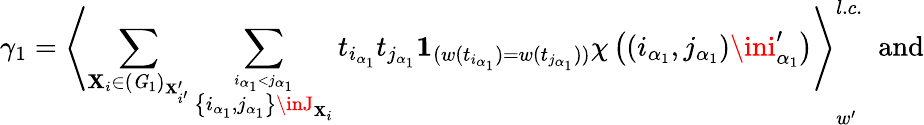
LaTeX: \gamma_{1}=\left\langle\sum_{\mathbf{X}_{i}\in({\mathit{G}}_{1})_{\mathbf{X}_{i^{\prime}}^{\prime}}}\sum_{\stackrel{i_{\alpha_{1}}<j_{\alpha_{1}}}{\left\{ i_{\alpha_{1}},j_{\alpha_{1}}\right\} \inJ_{\mathbf{X}_{i}}}}t_{i_{\alpha_{1}}}t_{j_{\alpha_{1}}}{\mathbf{1}}_{(w(t_{i_{\alpha_{1}}})=w(t_{j_{\alpha_{1}}}))}\chi\left(\left(i_{\alpha_{1}},j_{\alpha_{1}}\right)\ini_{\alpha_{1}}^{\prime}\right)\right\rangle_{w^{\prime}}^{l.c.}\; \mathrm{{~and}}